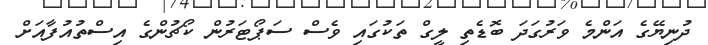
ދުނިޔޭގެ އަންމެ ވަރުގަދަ ބޮޑެތި ލީގް ތަކުގައި ވެސް ސަޕޯޓަރުން ކޯޗުންގެ އިސްތުއުފާއަށް